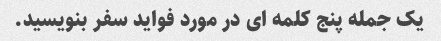
یک جمله پنج کلمه ای در مورد فواید سفر بنویسید.